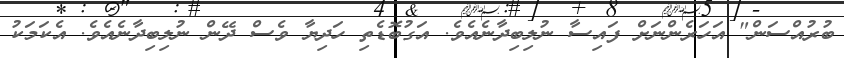
ބުރުއްސަން" އަހަރެންނަށް ފައިސާ ނުލިބިދާނެއެވެ. އަގުބޮޑެތި ހަދިޔާ ވެސް ދޭން ނުލިބިދާނެއެވެ. އެކަމަކު